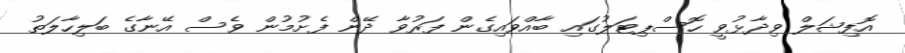
އޮފިޝަލް ވިދާޅުވީ ހޮސްޕިޓަލުގައި ބާއްވައިގެން ފަރުވާ ދޭން ފެށުމުން ވެސް އޭނާގެ ބަލިހާލަތު